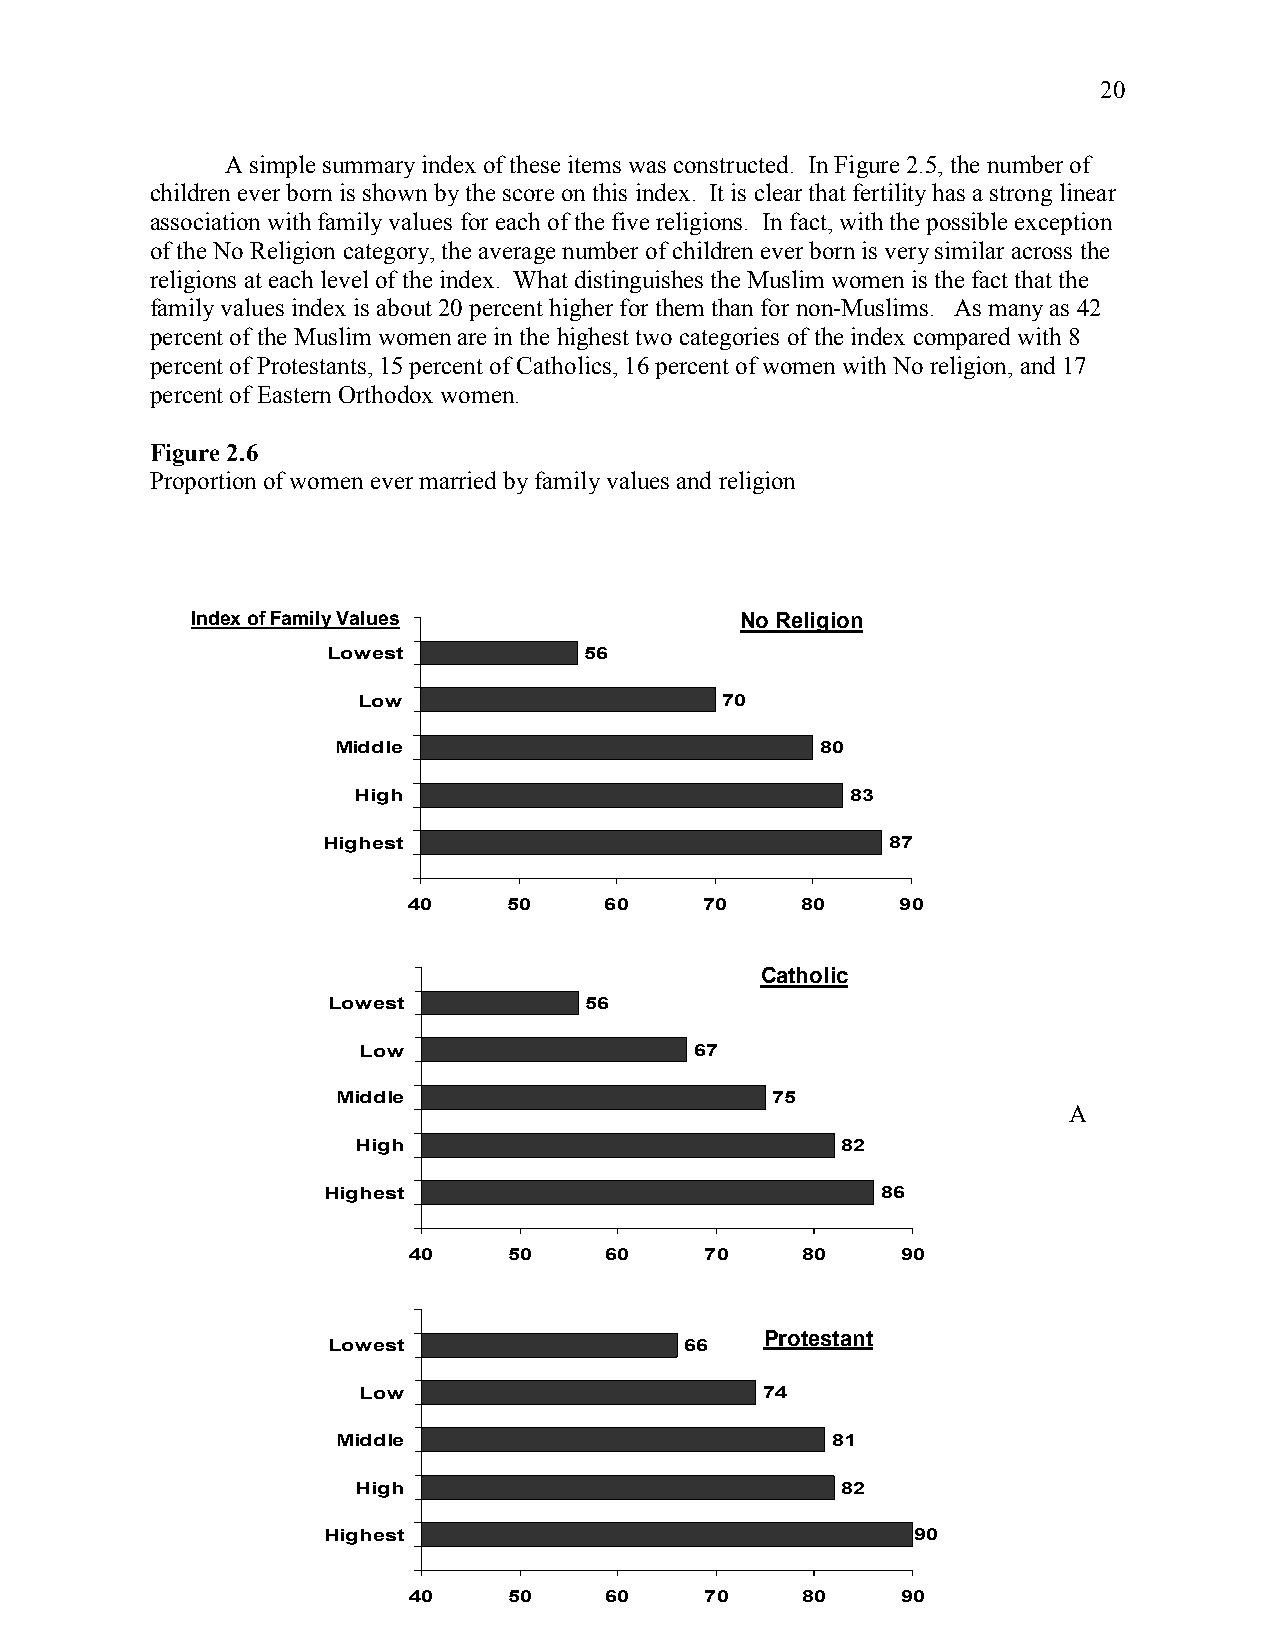
20
 A simple summary index of these items was constructed. In Figure 2.5, the number of
 children ever born is shown by the score on this index. It is clear that fertility has a strong linear
 association with family values for each of the five religions. In fact, with the possible exception
 of the No Religion category, the average number of children ever born is very similar across the
 religions at each level of the index. What distinguishes the Muslim women is the fact that the
 family values index is about 20 percent higher for them than for non-Muslims. As many as 42
 percent of the Muslim women are in the highest two categories of the index compared with 8
 percent of Protestants, 15 percent of Catholics, 16 percent of women with No religion, and 17
 percent of Eastern Orthodox women.
 Figure 2.6
 Proportion of women ever married by family values and religion
 Index of Family Values              No Religion
 Lowest           56
 Low                     70
 Middle                          80
 High                             83
 Highest                               87
 40     50    60     70    80     90
 Catholic
 Lowest           56
 Low                   67
 Middle                       75
 A
 High                            82
 Highest                              86
 40     50    60     70    80     90
 Lowest                 66
 Protestant
 Low                       74
 Middle                           81
 High                            82
 Highest                                 90
 40     50    60     70    80     90